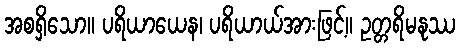
အစရှိသော။ ပရိယာယေန၊ ပရိယာယ်အားဖြင့်။ ဥတ္တရိမနုဿ